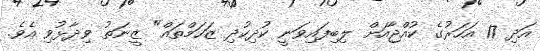
އަދި 17 އަހަރުގެ ކުއްޖާއަށް ލިބިފައިވަނީ ކުދިކުދި ޒަހަމްތައް" ޒީނަތު ވިދާޅުވި އެވެ.